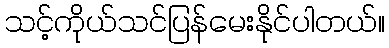
သင့်ကိုယ်သင်ပြန်မေးနိုင်ပါတယ်။